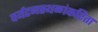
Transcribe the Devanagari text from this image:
पर्यटनस्थळांकरिता